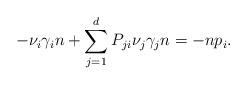
LaTeX: \begin{align*}-\nu_i \gamma_i n + \sum \limits_{j=1}^d P_{ji}\nu_j\gamma_j n = -n p_i. \end{align*}